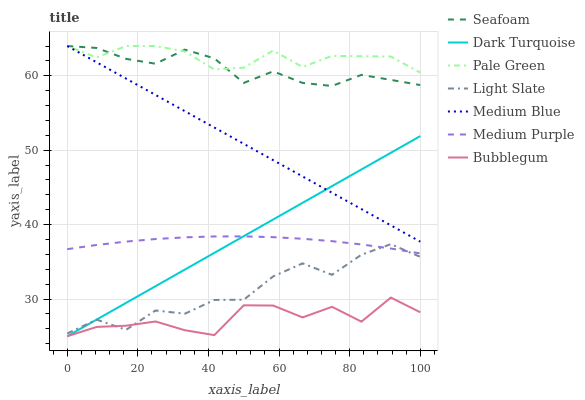
| xaxis_label | Seafoam | Dark Turquoise | Pale Green | Light Slate | Medium Blue | Medium Purple | Bubblegum |
 | --- | --- | --- | --- | --- | --- | --- | --- |
 | 0 | 64 | 25 | 64 | 25.4 | 64 | 36.7 | 25 |
 | 8.33 | 63.7 | 27.2 | 62.5 | 27.2 | 61.8 | 37.3 | 26.3 |
 | 16.7 | 62.3 | 29.5 | 64 | 25.9 | 59.6 | 37.7 | 26.4 |
 | 25 | 61.6 | 31.7 | 64 | 28.5 | 57.4 | 38.1 | 27 |
 | 33.3 | 63.5 | 34 | 63.3 | 28 | 55.2 | 38.3 | 25.8 |
 | 41.7 | 62.3 | 36.2 | 60.8 | 29.9 | 53 | 38.4 | 25.2 |
 | 50 | 59 | 38.4 | 61.1 | 29.9 | 50.9 | 38.4 | 29.2 |
 | 58.3 | 60.6 | 40.7 | 63.4 | 33 | 48.7 | 38.3 | 29.1 |
 | 66.7 | 59 | 42.9 | 61.2 | 34.8 | 46.5 | 38.1 | 27.5 |
 | 75 | 58.6 | 45.2 | 62.7 | 33.3 | 44.3 | 37.8 | 29 |
 | 83.3 | 60.1 | 47.4 | 62.6 | 36 | 42.1 | 37.3 | 27 |
 | 91.7 | 59.4 | 49.7 | 62.6 | 37.4 | 39.9 | 36.8 | 30.2 |
 | 100 | 58.8 | 51.9 | 60.4 | 35.7 | 37.7 | 36.1 | 28.2 |